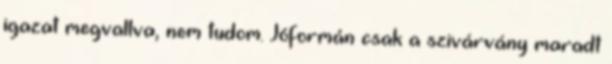
igazat megvallva, nem tudom. Jóformán csak a szivárvány maradt